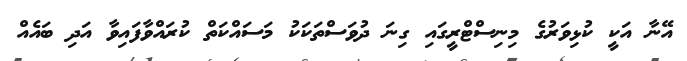
އޭނާ އަކީ ކުޅިވަރުގެ މިނިސްޓްރީގައި ގިނަ ދުވަސްތަކަކު މަސައްކަތް ކުރައްވާފައިވާ އަދި ބައެއް